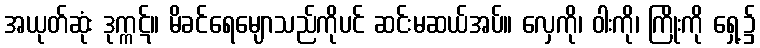
အယုတ်ဆုံး ဒုက္ကဋ်။ မိခင်ရေမျောသည်ကိုပင် ဆင်းမဆယ်အပ်။ လှေကို၊ ဝါးကို၊ ကြိုးကို ရှေ့၌